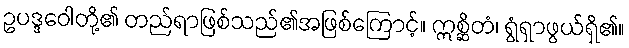
ဥပဒ္ဒဝေါတို့၏ တည်ရာဖြစ်သည်၏အဖြစ်ကြောင့်။ ဣစ္ဆိတံ၊ ရွံရှာဖွယ်ရှိ၏။